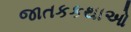
જાતકકથાઓ